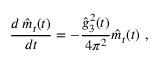
{ \frac { d \, \hat { m } _ { t } ( t ) } { d t } } = - { \frac { \hat { g } _ { 3 } ^ { 2 } ( t ) } { 4 \pi ^ { 2 } } } \hat { m } _ { t } ( t ) ~ ,